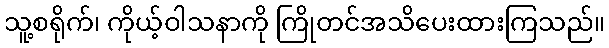
သူ့စရိုက်၊ ကိုယ့်ဝါသနာကို ကြိုတင်အသိပေးထားကြသည်။